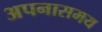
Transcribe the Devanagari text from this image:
अपनासमय